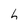
Character: h